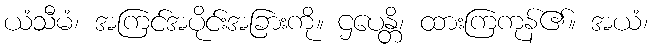
ယံသီမံ၊ အကြင်အပိုင်းအခြားကို။ ဌပေန္တိ၊ ထားကြကုန်၏။ အယံ၊